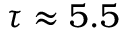
\tau \approx 5 . 5